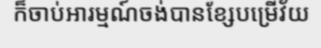
ក៏ចាប់អារម្មណ៍ចង់បានខ្សែបម្រើវ័យ